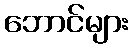
ဘောင်များ